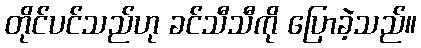
တိုင်ပင်သည်ဟု ခင်သီသီကို ပြောခဲ့သည်။